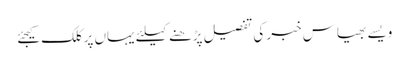
ویسے بھیاس خبر کی تفصیل پڑھنے کیلئے یہاں پر کلک کیجئے